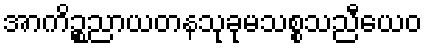
အာကိဉ္စညာယတနသုခုမသစ္စသညီယေဝ